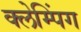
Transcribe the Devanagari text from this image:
क्लेम्पिंग